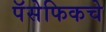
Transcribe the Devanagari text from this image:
पॅसेफिकचे